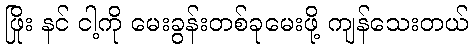
ဖြိုး နင် ငါ့ကို မေးခွန်းတစ်ခုမေးဖို့ ကျန်သေးတယ်